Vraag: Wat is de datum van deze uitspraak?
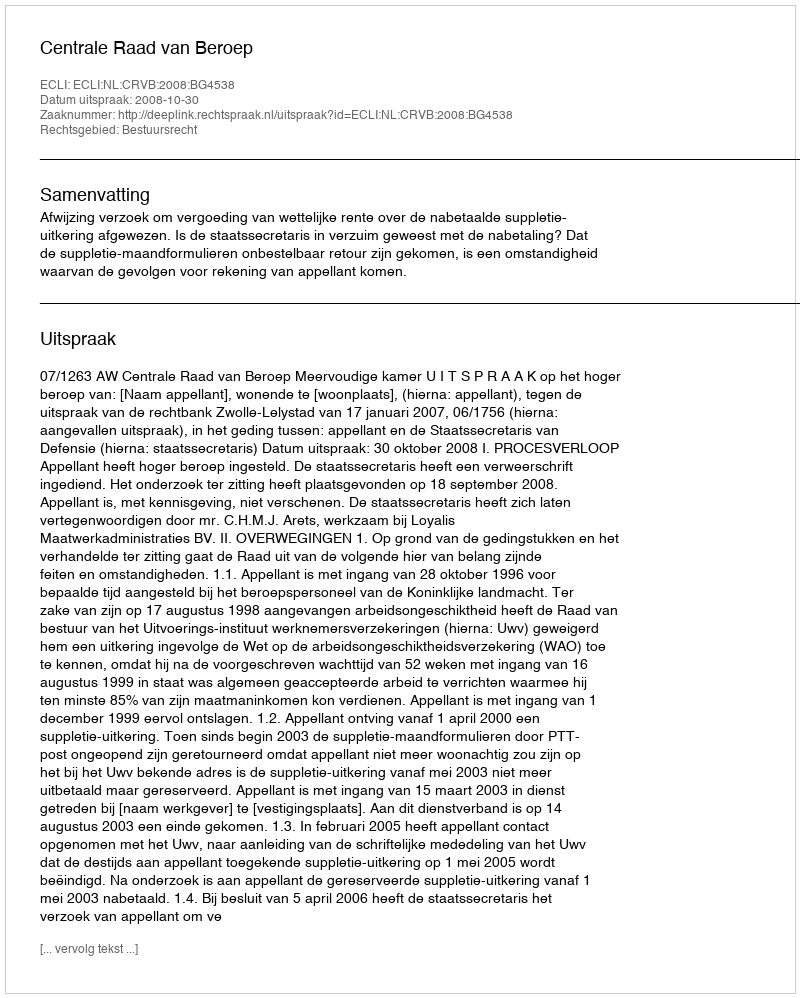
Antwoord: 2008-10-30